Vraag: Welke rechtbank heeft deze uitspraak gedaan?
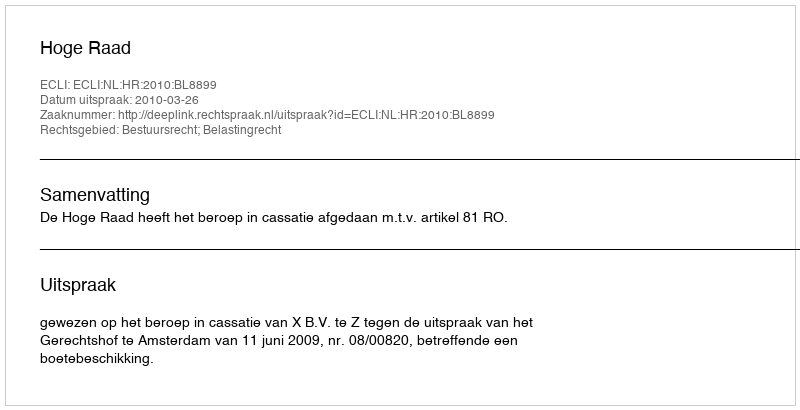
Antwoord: Hoge Raad